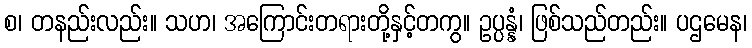
စ၊ တနည်းလည်း။ သဟ၊ အကြောင်းတရားတို့နှင့်တကွ။ ဥပ္ပန္နံ၊ ဖြစ်သည်တည်း။ ပဌမေန၊